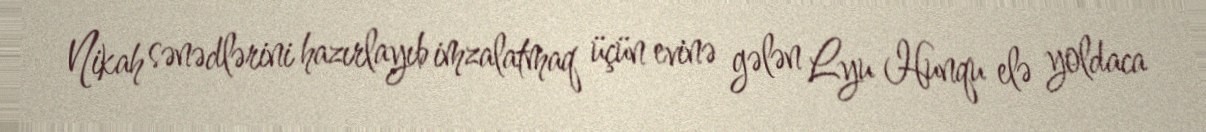
Nikah sənədlərini hazırlayıb imzalatmaq üçün evinə gələn Lyu Hunqu elə yoldaca